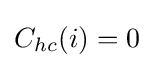
C_{hc}(i)=0